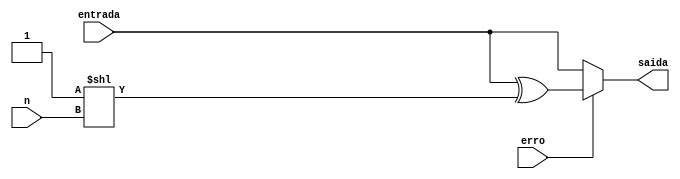
module injetor(
  input [14:0] entrada,
  input [3:0] n,
  input erro,
  output reg [14:0] saida
);

// Rodolfo: Deslocamento varivel pode no ser sintetizvel por algumas ferramentas. Se precisar, faa um case
  always @(*) begin
    
    if (erro)
      saida = entrada ^ (1 << n);

    else
      saida = entrada;

  end

endmodule